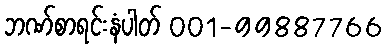
ဘဏ်စာရင်းနံပါတ် 001-99887766